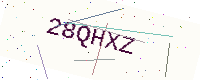
Text: 28QHXZ